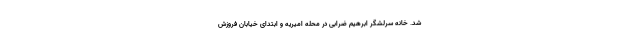
شد. خانه سرلشگر ابرهیم ضرابی در محله امیریه و ابتدای خیابان فروزش